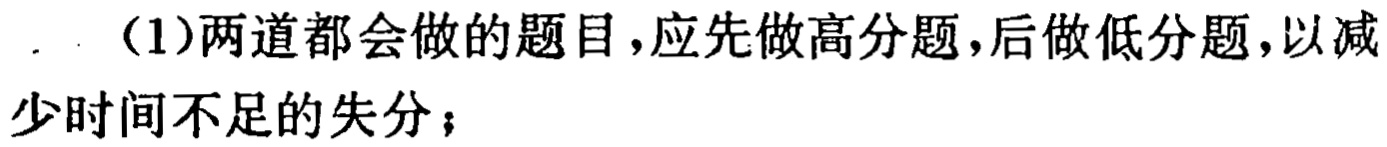
（1）两道都会做的题目，应先做高分题，后做低分题，以减少时间不足的失分；